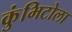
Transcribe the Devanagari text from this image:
कुंभिटोला